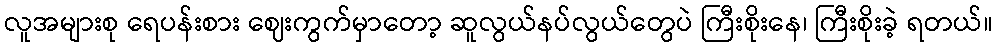
လူအများစု ရေပန်းစား ဈေးကွက်မှာတော့ ဆူလွယ်နပ်လွယ်တွေပဲ ကြီးစိုးနေ၊ ကြီးစိုးခဲ့ ရတယ်။